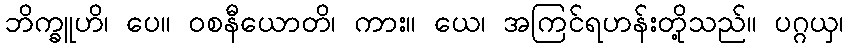
ဘိက္ခူဟိ၊ ပေ။ ဝစနီယောတိ၊ ကား။ ယေ၊ အကြင်ရဟန်းတို့သည်။ ပဂ္ဂယှ၊